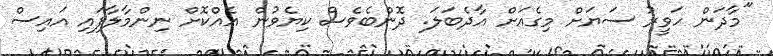
"މާދަން ހަވީރު ސަޔަށް މިގެއަށް އާދެބަލަ. ދޮންބެވެސް ކިޔެވުން އެއްކޮށް ނިންމާލާފައި އައިސް